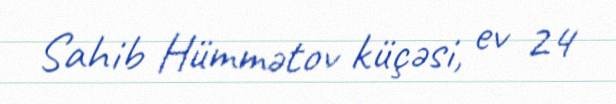
Sahib Hümmətov küçəsi, ev 24